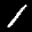
Label: 1